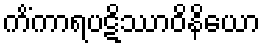
ကိံကာရပဋိဿာဝိနိယော